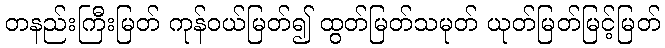
တနည်းကြီးမြတ် ကုန်ဝယ်မြတ်၍ ထွတ်မြတ်သမုတ် ယုတ်မြတ်မြင့်မြတ်